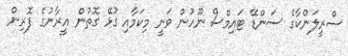
ސްރީލަންކާގެ ސަންޑޭ ޓައިމްސް ނޫހުން ވަނީ މިކަމާއި ގުޅޭ ގޮތުން އީރާނުގެ ފޮރިން